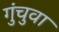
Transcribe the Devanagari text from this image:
गुंचुवा